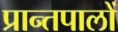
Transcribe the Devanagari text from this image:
प्रान्तपालों